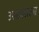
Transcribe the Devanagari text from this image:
अशातला